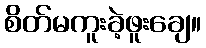
စိတ်မကူးခဲ့ဖူးချေ။